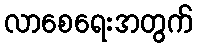
လာစေရေးအတွက်